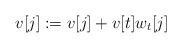
\begin{align*} v[j] \mathrel{:=} v[j] + v[t] w_{t}[j] \end{align*}